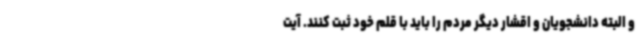
و البته دانشجویان و اقشار دیگر مردم را باید با قلم خود ثبت کنند. آیت